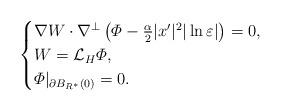
LaTeX: \begin{align*}\begin{cases}\nabla W\cdot \nabla^\perp \left( \varPhi-\frac{\alpha}{2}|x'|^2|\ln\varepsilon|\right) =0,\\W=\mathcal{L}_H\varPhi,\\\varPhi|_{\partial B_{R^*}(0)}=0.\end{cases}\end{align*}